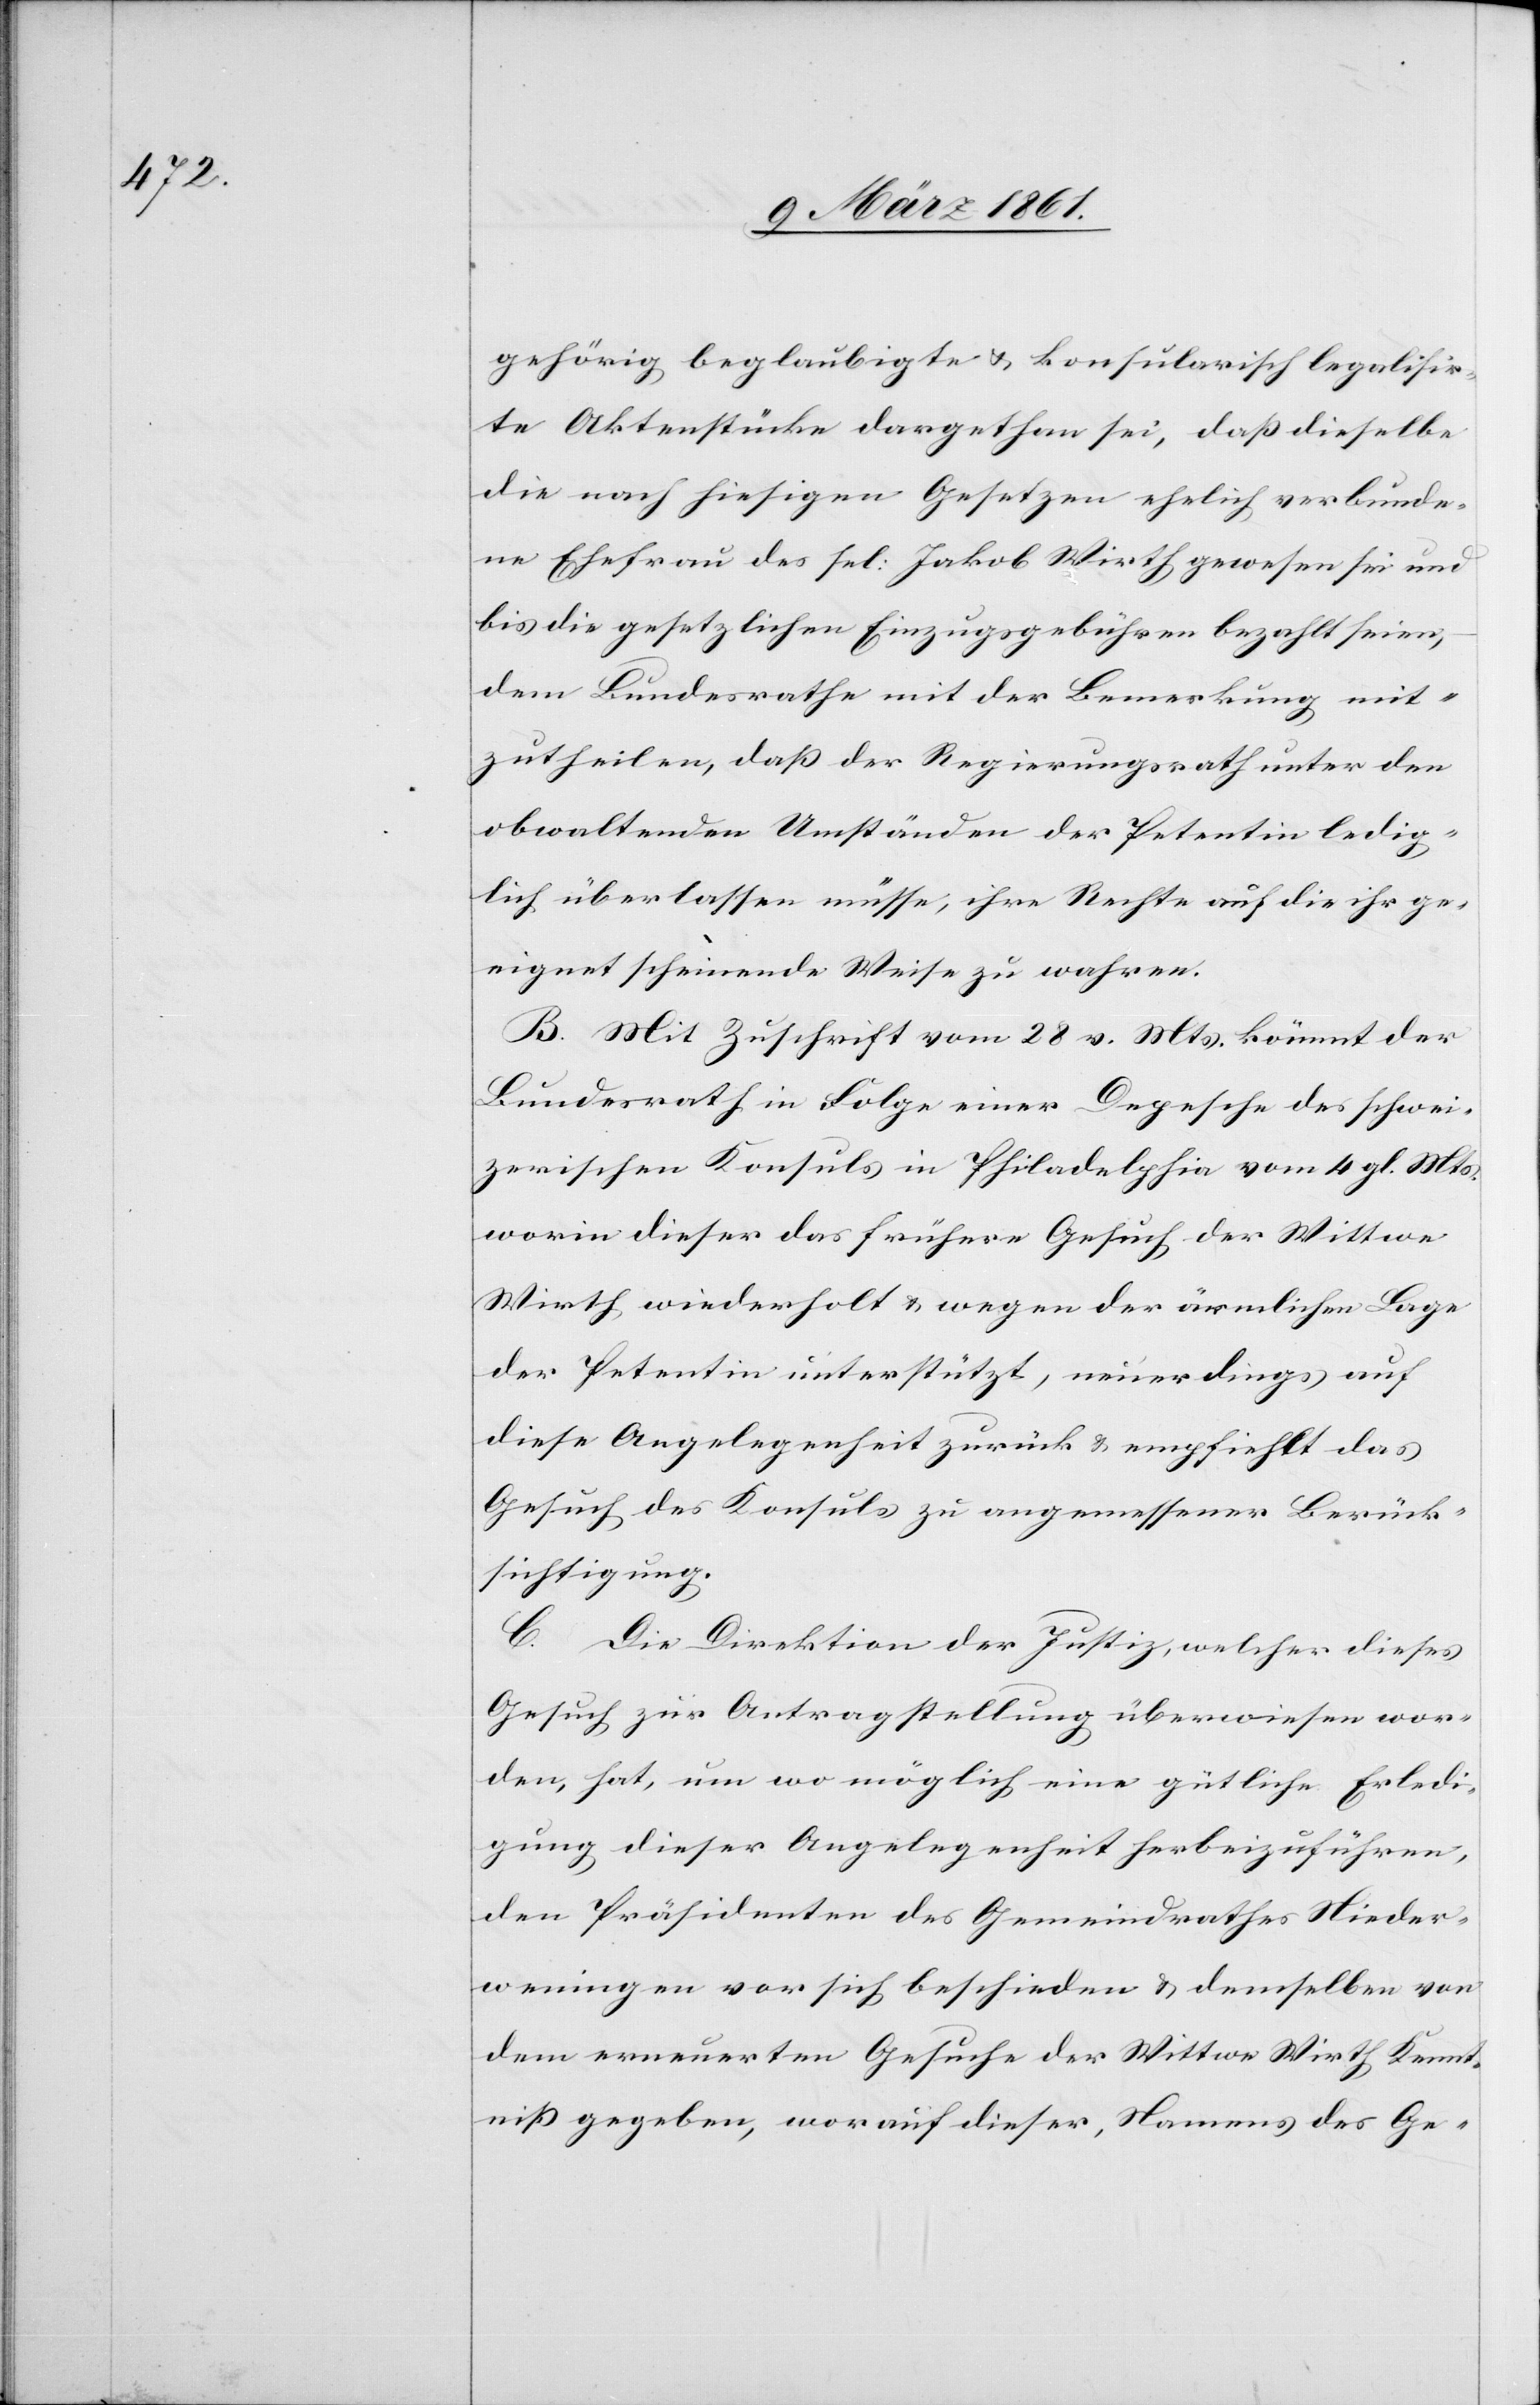
gehörig beglaubigte u. konsularisch legalisir¬
te Aktenstücke dargethan sei, dass dieselbe
die nach hiesigen Gesetzen ehelich verbunde¬
ne Ehefrau des sel: Jakob Wirth gewesen sei und
bis die gesetzlichen Einzugsgebühren bezahlt seien,
dem Bundesrathe mit der Bemerkung mit¬
zutheilen, dass der Regierungsrath unter den
obwaltenden Umständen der Petentin ledig¬
lich überlassen müsse, ihre Rechte auf die ihr ge¬
eignet scheinende Weise zu wahren.
B. Mit Zuschrift vom 28. v. Mts. kömmt der
Bundesrath in Folge einer Depesche des schwei¬
zerischen Konsuls in Philadelphia vom 4 gl. Mts.
worin dieser das frühere Gesuch der Wittwe
Wirth wiederholt u. wegen der ärmlichen Lage
der Petentin unterstützt, neuerdings auf
diese Angelegenheit zurück u. empfiehlt das
Gesuch des Konsuls zu angemessener Berück¬
sichtigung.
C.
Die Direktion der Justiz, welcher dieses
Gesuch zur Antragstellung überwiesen wor¬
den, hat, um wo möglich eine gütliche Erledi¬
gung dieser Angelegenheit herbeizuführen,
den Präsidenten des Gemeindrathes Nieder¬
weningen vor sich beschieden u. demselben von
dem erneuerten Gesuche der Wittwe Wirth Kennt¬
niss gegeben, worauf dieser, Namens des Ge-